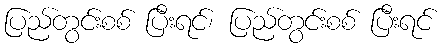
ပြည်တွင်းစစ် ပြီးရင်၊ ပြည်တွင်းစစ် ပြီးရင်